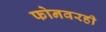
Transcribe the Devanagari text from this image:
फोनवरही